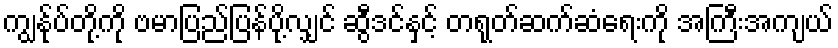
ကျွန်ုပ်တို့ကို ဗမာပြည်ပြန်ပို့လျှင် ဆွီဒင်နှင့် တရုတ်ဆက်ဆံရေးကို အကြီးအကျယ်